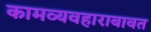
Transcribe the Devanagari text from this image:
कामव्यवहाराबाबत